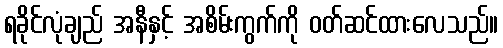
ရခိုင်လုံချည် အနီနှင့် အစိမ်းကွက်ကို ဝတ်ဆင်ထားလေသည်။